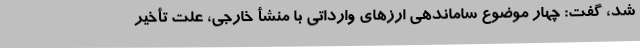
شد، گفت: چهار موضوع ساماندهی ارزهای وارداتی با منشأ خارجی، علت تأخیر